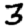
Digit: 3